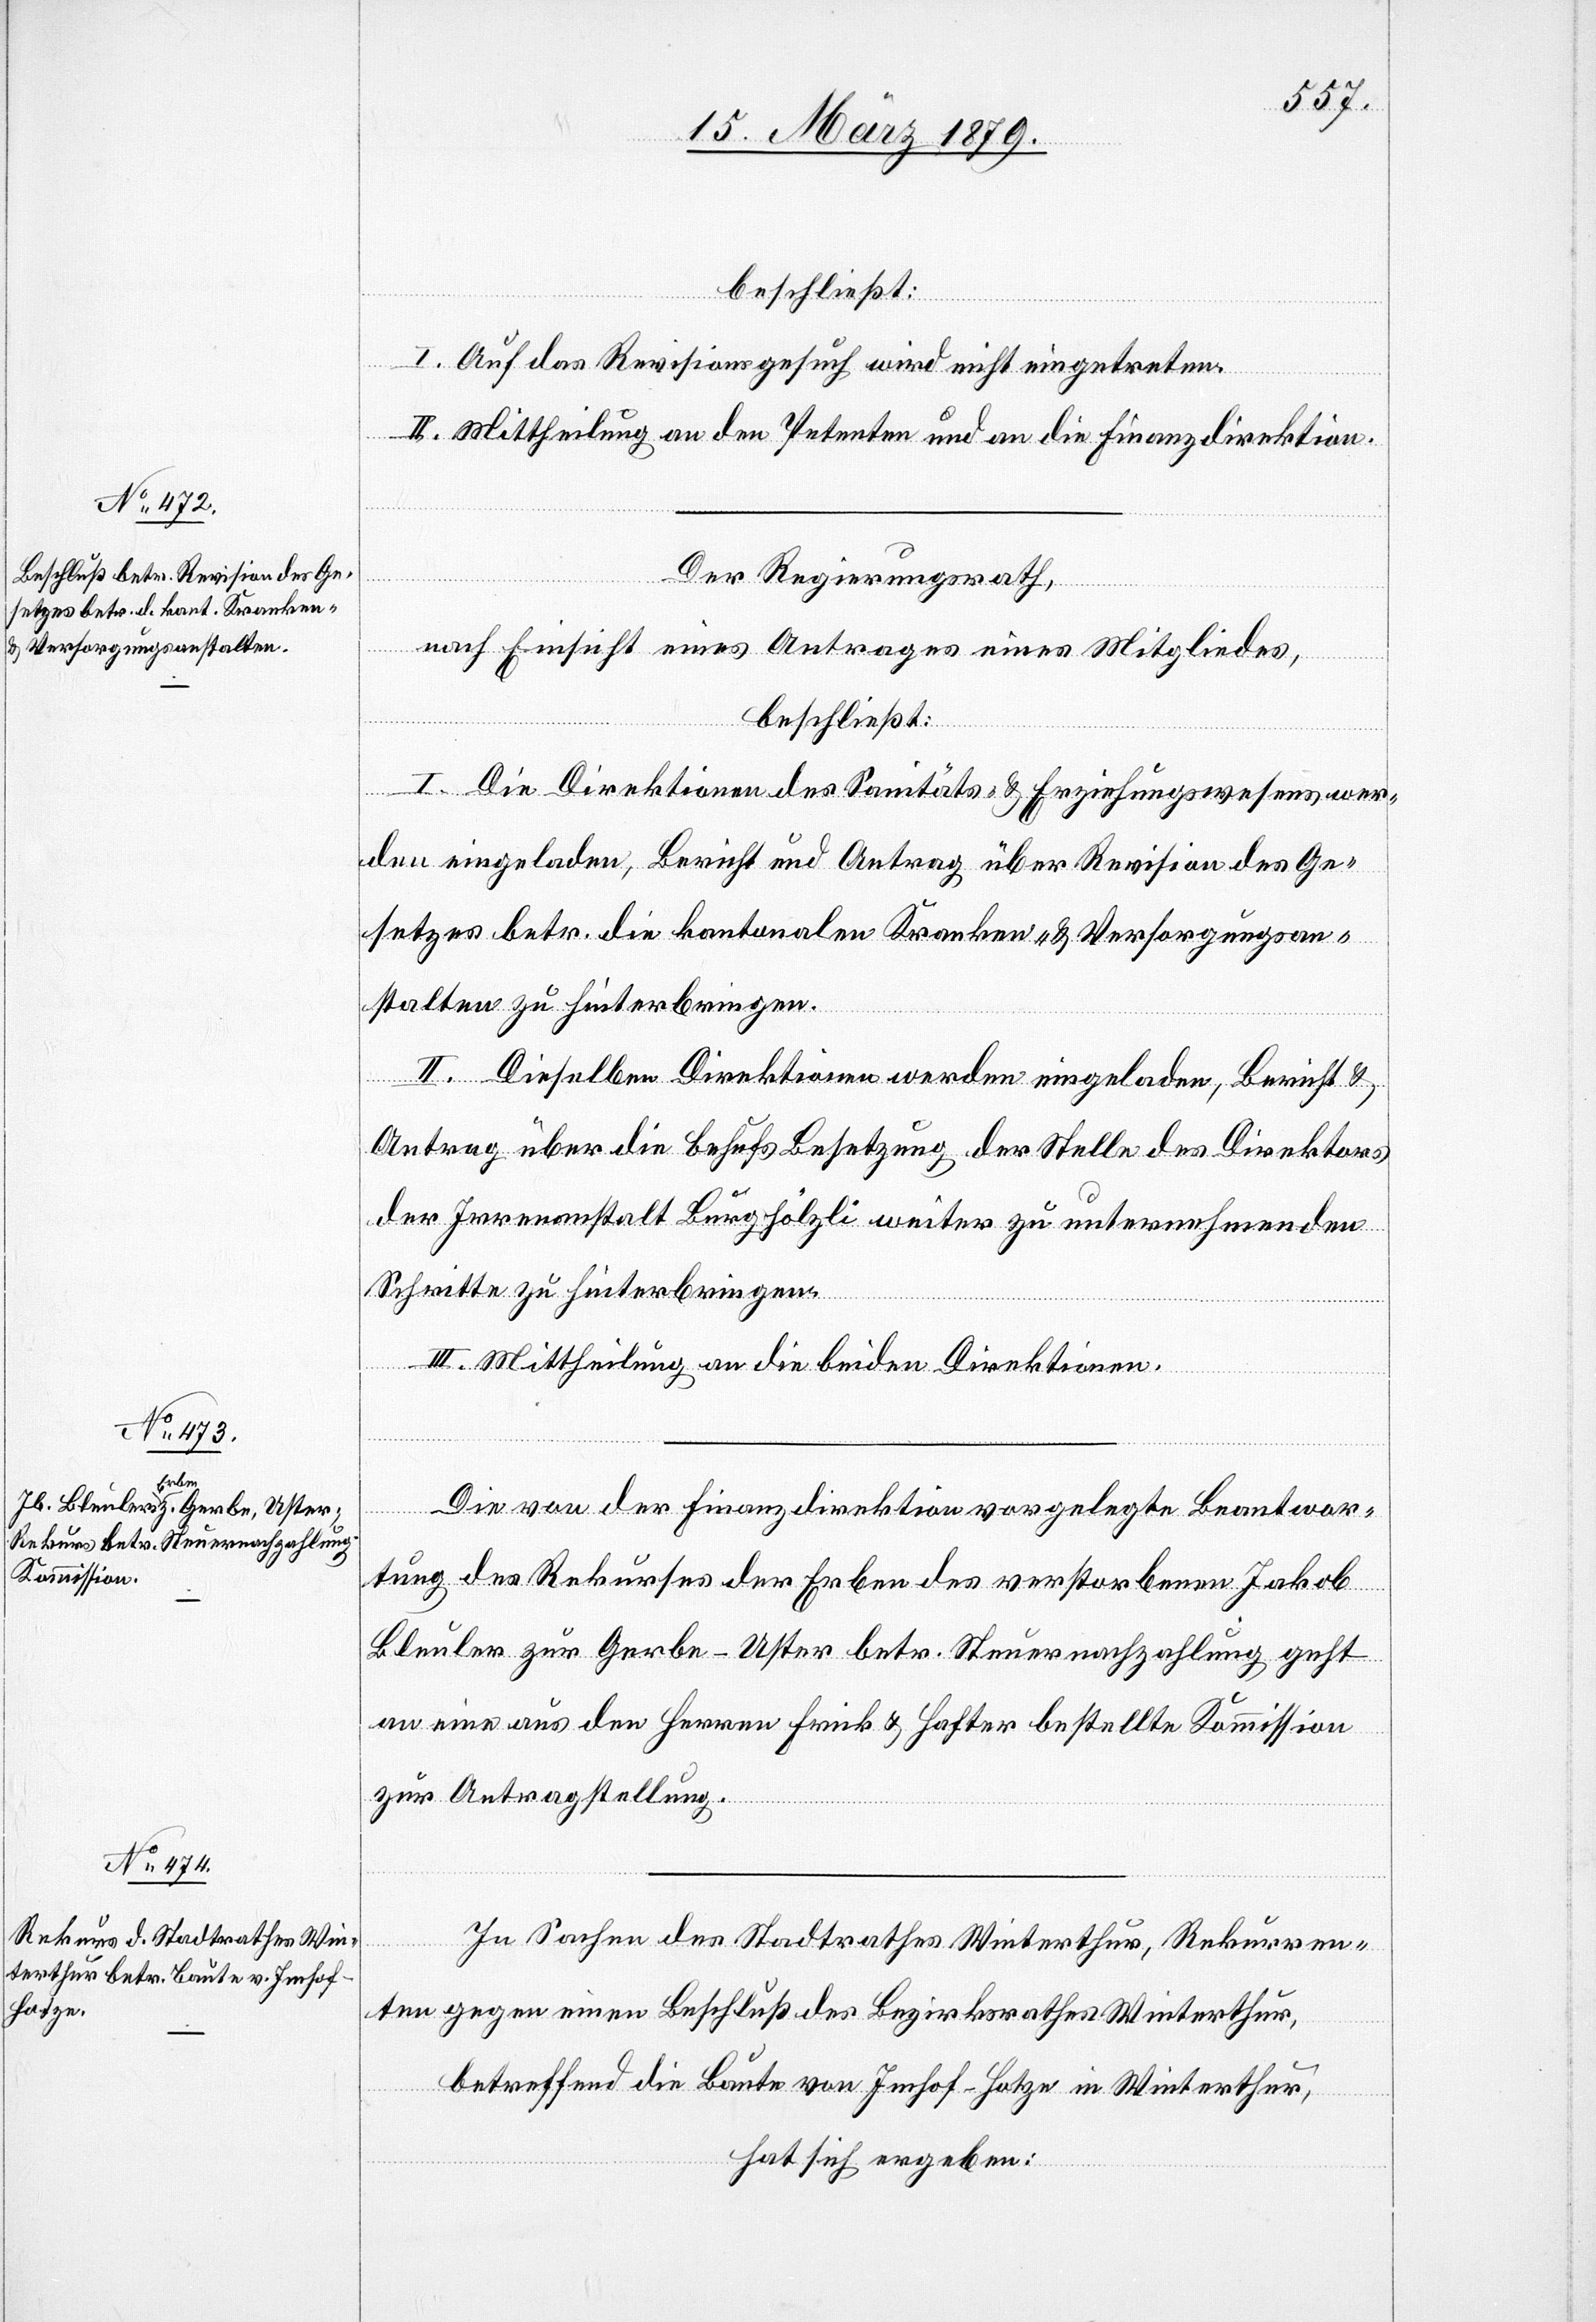
beschließt:
I. Auf das Revisionsgesuch wird nicht eingetreten.
II. Mittheilung an den Petenten und an die Finanzdirektion.
Der Regierungsrath,
nach Einsicht eines Antrages eines Mitgliedes,
beschließt:
I. Die Direktionen des Sanitäts- & Erziehungswesens wer¬
den eingeladen, Bericht und Antrag über Revision des Ge¬
setzes betr. die kantonalen Kranken- & Versorgungsan¬
stalten zu hinterbringen.
II. Dieselben Direktionen werden eingeladen, Bericht &
Antrag über die behufs Besetzung der Stelle des Direktors
der Irrenanstalt Burghölzli weiter zu unternehmenden
Schritte zu hinterbringen.
III. Mittheilung an die beiden Direktionen.
Die von der Finanzdirektion vorgelegte Beantwor¬
tung des Rekurses der Erben des verstorbenen Jakob
Bleuler zur Gerbe - Uster betr. Steuernachzahlung geht
an eine aus den Herren Frick & Hafter bestellte Kommission
zur Antragstellung.
In Sachen des Stadtrathes Winterthur, Rekurren¬
ten gegen einen Beschluß des Bezirksrathes Winterthur,
betreffend die Baute von Imhof-Hotze in Winterthur,
hat sich ergeben: